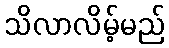
သိလာလိမ့်မည်